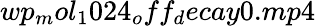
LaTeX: wp_{m}ol_{1}024_{o}ff_{d}ecay0.mp4